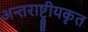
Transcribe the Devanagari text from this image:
अन्तराष्ट्रीयकृत